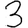
Digit: 3